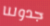
جدولنا